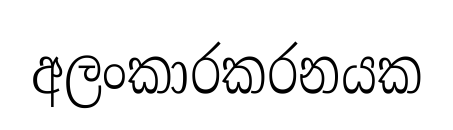
අලංකාරකරනයක